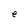
Character: e